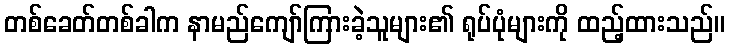
တစ်ခေတ်တစ်ခါက နာမည်ကျော်ကြားခဲ့သူများ၏ ရုပ်ပုံများကို ထည့်ထားသည်။